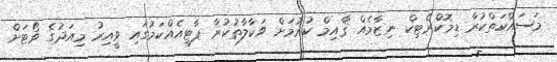
މަސައްކަތްކުރާ ޑިމޮކްރެޓިކް ނިޒާމެއް ޤާއިމް ކުރުމަށް ވަކާލާތުކުރާ ޕާޓީއެއްކަމުގައި ވީއިރު މިއަދުގެ ވޯޓަށް